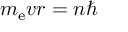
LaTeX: m _ { \mathrm { e } } v r = n \hbar